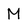
Character: M